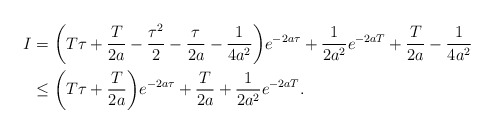
\begin{align*}I&{}= \biggl(T\tau+\frac{T}{2a}-\frac{\tau^2}{2}-\frac{\tau}{2a}-\frac{1}{4a^2} \biggr)e^{-2a\tau}+\frac{1}{2a^2}e^{-2aT}+\frac{T}{2a}-\frac{1}{4a^2}\\&{} \leq \biggl(T\tau+\frac{T}{2a} \biggr)e^{-2a\tau}+\frac{T}{2a}+\frac{1}{2a^2}e^{-2aT}.\end{align*}